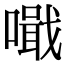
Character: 𠿠